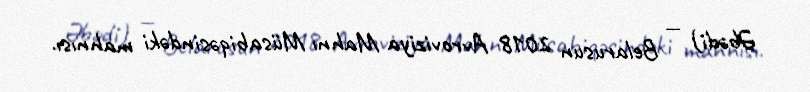
Əbədi) — Belarusun 2018 Avroviziya Mahnı Müsabiqəsindəki mahnısı.